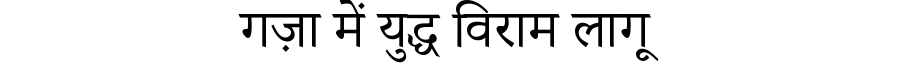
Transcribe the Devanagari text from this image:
गज़ा में युद्ध विराम लागू